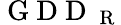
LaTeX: \mathrm{~G~D~D~}_{\mathrm{~R~}}